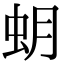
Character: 蚏